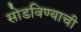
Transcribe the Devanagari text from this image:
सोडविण्याची